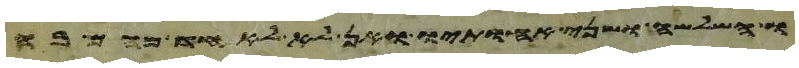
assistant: לו ושב לאחזתו ואם לא מצא ידו